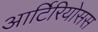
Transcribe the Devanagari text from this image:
आर्टिरियोसस